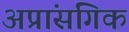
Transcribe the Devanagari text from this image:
अप्रांसगिक